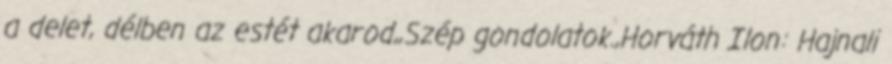
a delet, délben az estét akarod,,Szép gondolatok.,Horváth Ilon: Hajnali